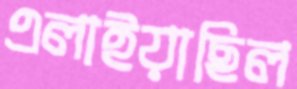
এলাইয়াছিল